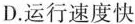
D.运行速度快